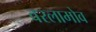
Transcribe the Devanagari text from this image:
वरलामोव